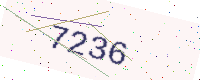
Text: 7236